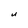
Character: U